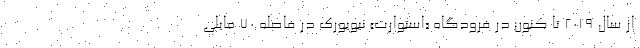
از سال ۲۰۱۹ تا کنون در فرودگاه «استوارت» نیویورک در فاصله ۷۰ مایلی